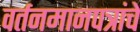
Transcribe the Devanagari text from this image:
वर्तनमानपत्रांचे